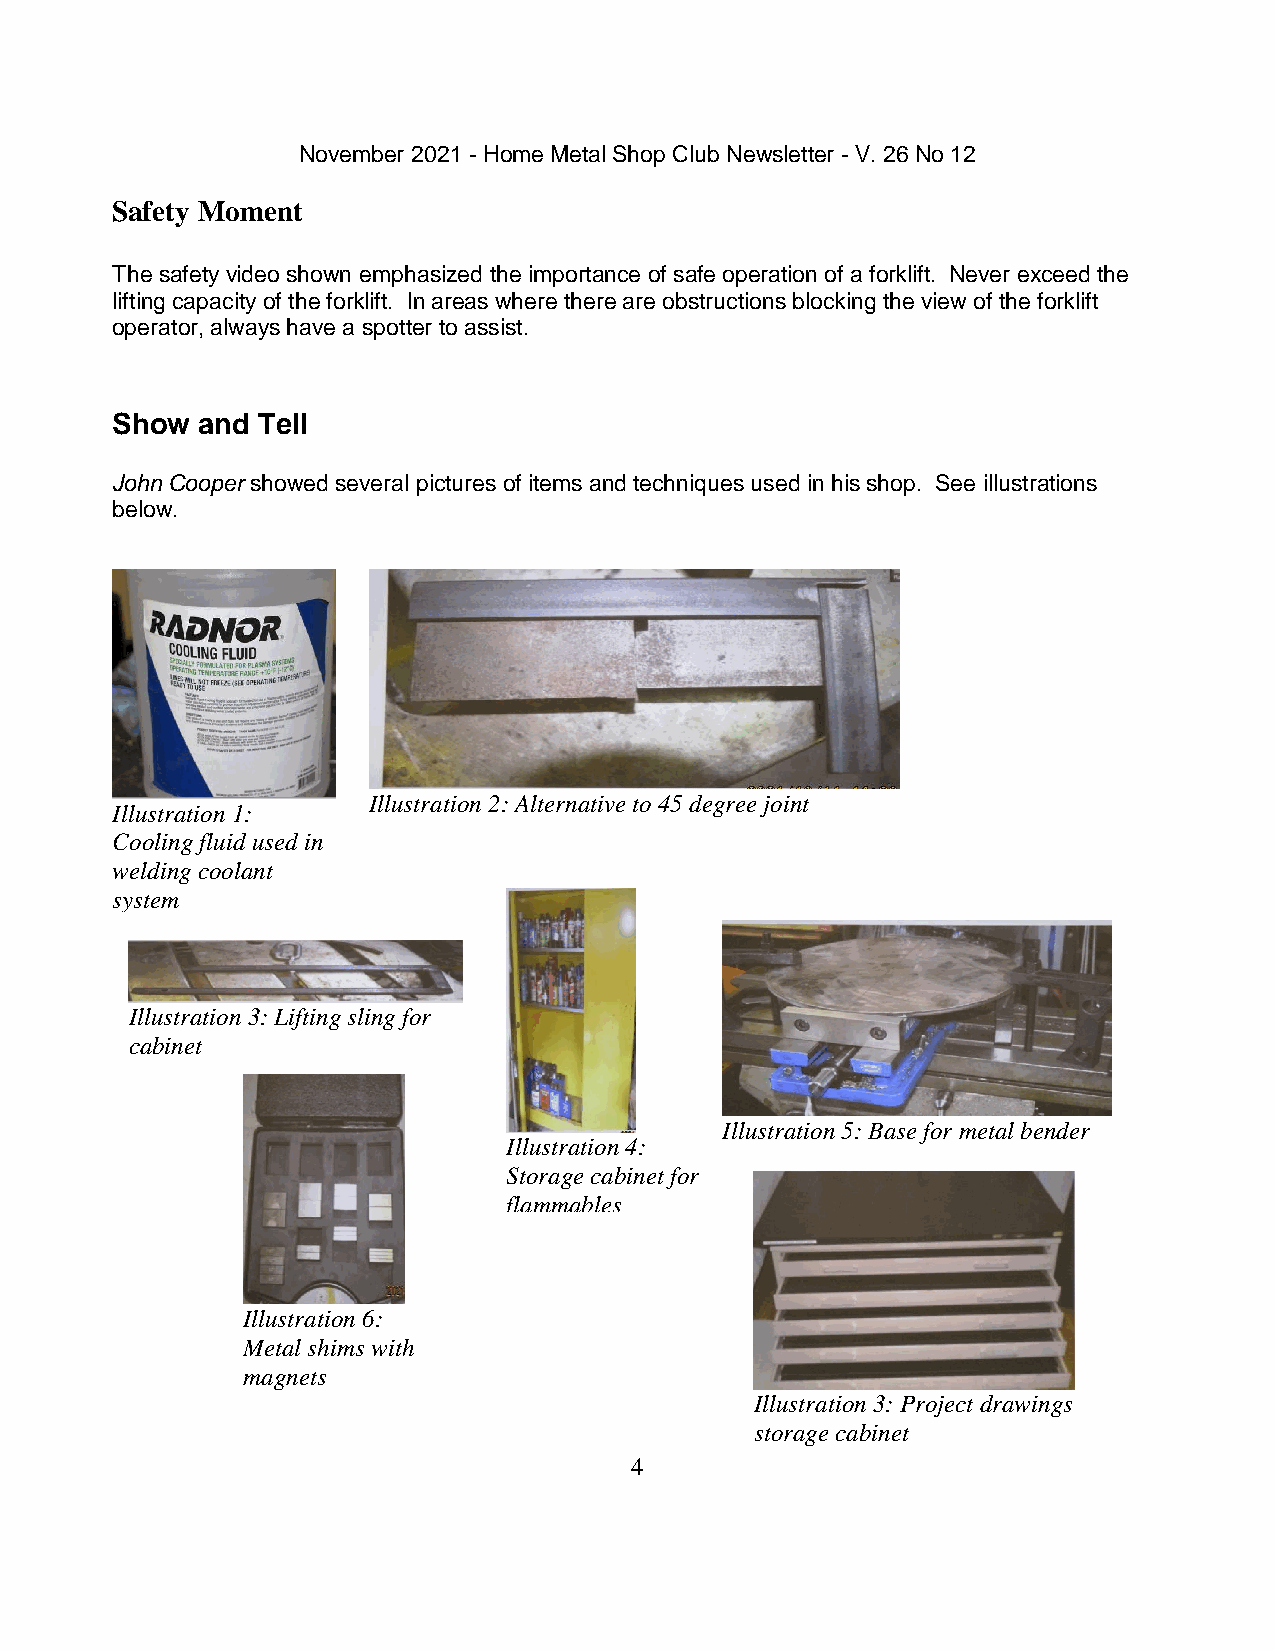
November 2021 - Home Metal Shop Club Newsletter - V. 26 No 12
 Safety Moment
 The safety video shown emphasized the importance of safe operation of a forklift. Never exceed the
 lifting capacity of the forklift. In areas where there are obstructions blocking the view of the forklift
 operator, always have a spotter to assist.
 Show  and Tell
 John Cooper showed several pictures of items and techniques used in his shop. See illustrations
 below.
 Illustration 2: Alternative to 45 degree joint
 Illustration 1:
 Cooling fluid used in
 welding coolant
 system
 Illustration 3: Lifting sling for
 cabinet
 Illustration 5: Base for metal bender
 Illustration 4:
 Storage cabinet for
 flammables
 Illustration 6:
 Metal shims with
 magnets
 Illustration 3: Project drawings
 storage cabinet
 4